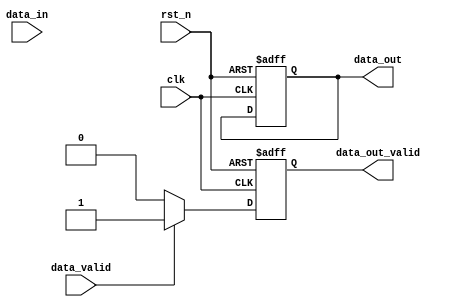
`ifndef MAXPOOL2D_V
`define MAXPOOL2D_V

module maxpool2d #(
    parameter INPUT_WIDTH = 40,
    parameter INPUT_HEIGHT = 1,
    parameter INPUT_CHANNELS = 8,
    parameter KERNEL_SIZE = 2,
    parameter STRIDE = 2,
    parameter ACTIV_BITS = 8
) (
    input wire clk,
    input wire rst_n,
    input wire [INPUT_WIDTH*INPUT_HEIGHT*INPUT_CHANNELS*ACTIV_BITS-1:0] data_in,
    input wire data_valid,
    output reg [(INPUT_WIDTH/STRIDE)*INPUT_CHANNELS*ACTIV_BITS-1:0] data_out,
    output reg data_out_valid
);

    localparam OUTPUT_WIDTH = INPUT_WIDTH / STRIDE;
    localparam OUTPUT_HEIGHT = INPUT_HEIGHT / STRIDE;

    // Declare internal signals
    reg [ACTIV_BITS-1:0] input_buffer [0:INPUT_HEIGHT-1][0:INPUT_WIDTH-1][0:INPUT_CHANNELS-1];
    reg [ACTIV_BITS-1:0] max_value [0:INPUT_CHANNELS-1];

    // Max pooling operation
    integer i, j, k, m, n;
    always @(posedge clk or negedge rst_n) begin
        if (!rst_n) begin
            // Reset internal signals and output
            for (i = 0; i < INPUT_HEIGHT; i = i + 1) begin
                for (j = 0; j < INPUT_WIDTH; j = j + 1) begin
                    for (k = 0; k < INPUT_CHANNELS; k = k + 1) begin
                        input_buffer[i][j][k] <= 0;
                    end
                end
            end
            data_out <= 0;
            data_out_valid <= 0;
        end else if (data_valid) begin
            // Shift input data into buffer
            for (i = 0; i < INPUT_HEIGHT; i = i + 1) begin
                for (j = 0; j < INPUT_WIDTH; j = j + 1) begin
                    for (k = 0; k < INPUT_CHANNELS; k = k + 1) begin
                        if (j < INPUT_WIDTH - 1) begin
                            input_buffer[i][j][k] <= input_buffer[i][j+1][k];
                        end else begin
                            input_buffer[i][j][k] <= data_in[i*INPUT_WIDTH*INPUT_CHANNELS*ACTIV_BITS + j*INPUT_CHANNELS*ACTIV_BITS + k*ACTIV_BITS +: ACTIV_BITS];
                        end
                    end
                end
            end

            // Perform max pooling
            for (i = 0; i < OUTPUT_HEIGHT; i = i + 1) begin
                for (j = 0; j < OUTPUT_WIDTH; j = j + 1) begin
                    for (k = 0; k < INPUT_CHANNELS; k = k + 1) begin
                        max_value[k] = input_buffer[i*STRIDE][j*STRIDE][k];
                        for (m = 0; m < KERNEL_SIZE; m = m + 1) begin
                            for (n = 0; n < KERNEL_SIZE; n = n + 1) begin
                                if (i*STRIDE + m < INPUT_HEIGHT && j*STRIDE + n < INPUT_WIDTH) begin
                                    max_value[k] = (input_buffer[i*STRIDE + m][j*STRIDE + n][k] > max_value[k]) ? input_buffer[i*STRIDE + m][j*STRIDE + n][k] : max_value[k];
                                end
                            end
                        end
                        data_out[i*OUTPUT_WIDTH*INPUT_CHANNELS*ACTIV_BITS + j*INPUT_CHANNELS*ACTIV_BITS + k*ACTIV_BITS +: ACTIV_BITS] <= max_value[k];
                    end
                end
            end
            data_out_valid <= 1;
        end else begin
            data_out_valid <= 0;
        end
    end

endmodule
`endif